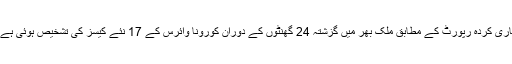
قومی ادارہ صحت کی جانب سے جاری کردہ رپورٹ کے مطابق ملک بھر میں گزشتہ 24 گھنٹوں کے دوران کورونا وائرس کے 17 نئے کیسز کی تشخیص ہوئی ہے جس کے بعد یہ تعداد 646 ہوگئی۔